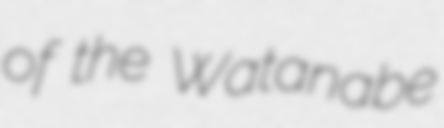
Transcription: of the Watanabe